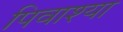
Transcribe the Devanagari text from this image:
पिवाश्या